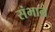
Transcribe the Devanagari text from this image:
संभाने